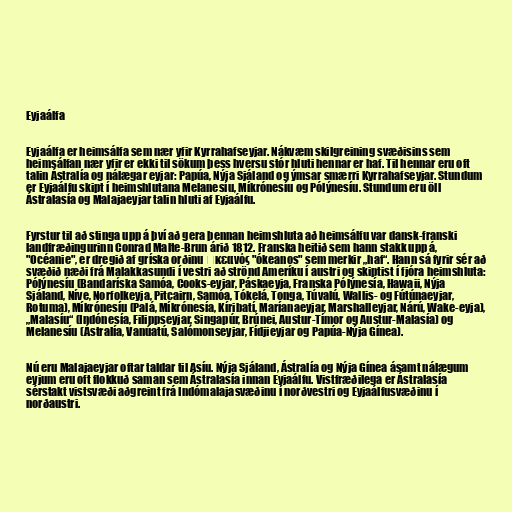
Eyjaálfa

Eyjaálfa er heimsálfa sem nær yfir Kyrrahafseyjar. Nákvæm skilgreining svæðisins sem
heimsálfan nær yfir er ekki til sökum þess hversu stór hluti hennar er haf. Til hennar eru oft
talin Ástralía og nálægar eyjar: Papúa, Nýja Sjáland og ýmsar smærri Kyrrahafseyjar. Stundum
er Eyjaálfu skipt í heimshlutana Melanesíu, Míkrónesíu og Pólýnesíu. Stundum eru öll
Ástralasía og Malajaeyjar talin hluti af Eyjaálfu.

Fyrstur til að stinga upp á því að gera þennan heimshluta að heimsálfu var dansk-franski
landfræðingurinn Conrad Malte-Brun árið 1812. Franska heitið sem hann stakk upp á,
"Océanie", er dregið af gríska orðinu ὠκεανός "ókeanos" sem merkir „haf“. Hann sá fyrir sér að
svæðið næði frá Malakkasundi í vestri að strönd Ameríku í austri og skiptist í fjóra heimshluta:
Pólýnesíu (Bandaríska Samóa, Cooks-eyjar, Páskaeyja, Franska Pólýnesía, Hawaii, Nýja
Sjáland, Níve, Norfolkeyja, Pitcairn, Samóa, Tókelá, Tonga, Túvalú, Wallis- og Fútúnaeyjar,
Rotuma), Míkrónesíu (Palá, Míkrónesía, Kíribatí, Maríanaeyjar, Marshalleyjar, Nárú, Wake-eyja),
„Malasíu“ (Indónesía, Filippseyjar, Singapúr, Brúnei, Austur-Tímor og Austur-Malasía) og
Melanesíu (Ástralía, Vanúatú, Salómonseyjar, Fídjieyjar og Papúa-Nýja Gínea).

Nú eru Malajaeyjar oftar taldar til Asíu. Nýja Sjáland, Ástralía og Nýja Gínea ásamt nálægum
eyjum eru oft flokkuð saman sem Ástralasía innan Eyjaálfu. Vistfræðilega er Ástralasía
sérstakt vistsvæði aðgreint frá Indómalajasvæðinu í norðvestri og Eyjaálfusvæðinu í
norðaustri.